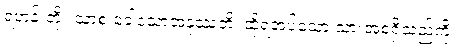
ရဟန်းတို့။ သာစ ခေါဧသာအနုဿတိ၊ ထိုရအပ်သော သားအစရှိသည်ကို